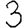
Digit: 3